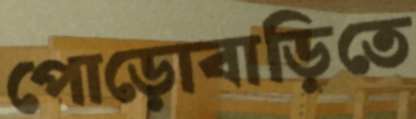
পোড়োবাড়িতে